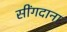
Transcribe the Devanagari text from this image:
सींगदाना